Annual administration and progress report of the Indian Medical Department, Bombay
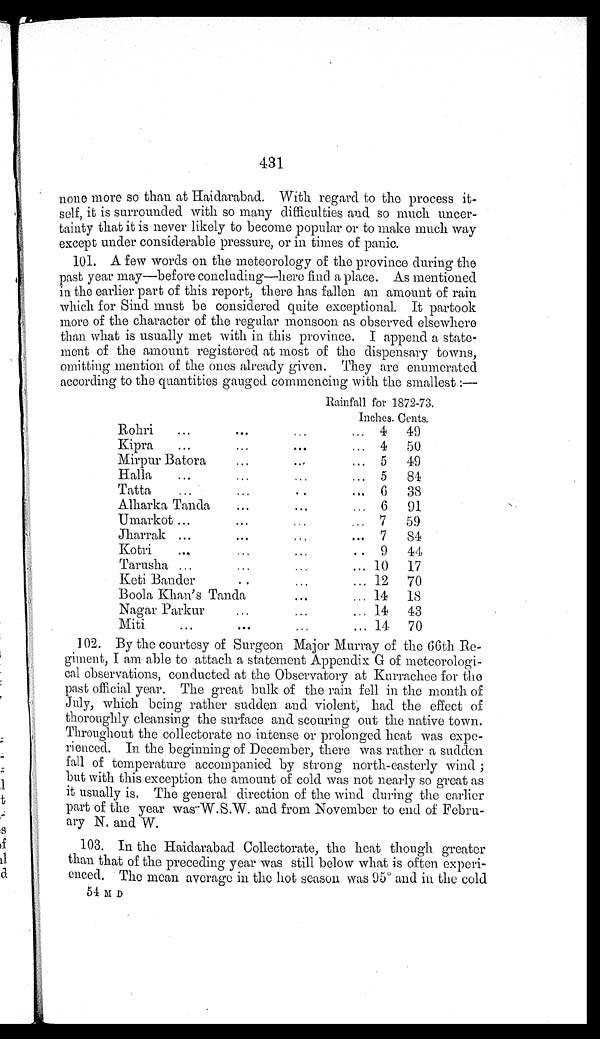
431
none more so than at Haidarabad. With regard to the process it-
self, it is surrounded with so many difficulties and so much uncer-
tainty that it is never likely to become popular or to make much way
except under considerable pressure, or in times of panic.
101. A few words on the meteorology of the province during the
past year may—before concluding—here find a place. As mentioned
in the earlier part of this report, there has fallen an amount of rain
which for Sind must be considered quite exceptional. It partook
more of the character of the regular monsoon as observed elsewhere
than what is usually met with in this province. I append a state-
ment of the amount registered at most of the dispensary towns,
omitting mention of the ones already given. They are enumerated
according to the quantities gauged commencing with the smallest :—
Rainfall for 1872-73.
Inches. Cents.
Rohri
...
... 4 49
Kipra
...
...
. . .
...
4 50
Mirpur Batora
...
...
... 5 49
Halla
...
...
... 5 8 4
Tatta.. ...
6 38
Alharka Tanda
...
...
. . . 6 91
Umarkot ...
...
...
... 7 59
Jharrak ...
...
... 7
84
Kotri
...
...
.. 9 44
Tarusha
...
...
... 10 17
...
Keti Bander
... 12 70
Boola Khan's Tanda
...
14 18
Nagar Parkur
• • •
...
14 43
Miti...
...
.
. 6. 14 70
102. By the courtesy of Surgeon Major Murray of the 66th Re-
-giment, I am able to attach a statement Appendix G of meteorologi-
cal observations, conducted at the Observatory at Kurrachee for the
past official year. The great bulk of the rain fell in the month. of
July, which being rather sudden and violent, had the effect of
thoroughly cleansing the surface and scouring out the native town.
Throughout the collectorate no intense or prolonged heat was expe-
rienced. In the beginning of December, there was rather a sudden
fall of temperature accompanied by strong north-easterly wind ;
but with this exception the amount of cold was not nearly so great as
it usually is. The general direction of the wind during the earlier
part of the year was W.S.W. and from November to end of Febru-
ary N. and W.
103. In the Haidarabad Collectorate, the heat though greater
than that of the preceding year was still below what is often experi--
enced. The mean average in the hot season was 95° and in the cold
54 M D